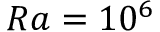
R a = 1 0 ^ { 6 }